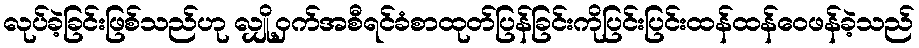
လုပ်ခဲ့ခြင်းဖြစ်သည်ဟု လျှို့ဝှက်အစီရင်ခံစာထုတ်ပြန်ခြင်းကိုပြင်းပြင်းထန်ထန်ဝေဖန်ခဲ့သည်